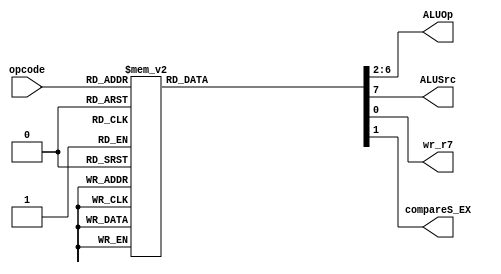
/* Author: Yunhe Liu & Wenxuan Mao
 * Team: MacroHard
 * This is control for EX stage.
 */
module EX_control(
	//outputs
	ALUOp,
	ALUSrc,
        wr_r7,
        compareS_EX,
	
	//input
	opcode
);

	output reg[4:0] ALUOp;
	output reg ALUSrc;
        output reg wr_r7;
	output reg compareS_EX;

	input [4:0] opcode;
	
	always @ *
	begin
		ALUOp = 5'b00000;	//EX
		ALUSrc = 1'b0;		//EX
		wr_r7 = 1'b0;
		compareS_EX = 1'b1;

		case(opcode)
			5'b00000 : //TODO - HALT_1/38
			begin
				ALUOp = 5'b00000;
				ALUSrc = 1'b0;
			end

			5'b00001 : //TODO - NOP_2/38
			begin	
				ALUOp = 5'b00000;
				ALUSrc = 1'b0;
			end
		
			5'b01000 : //ADDI_3/38
			begin	
				ALUOp = 5'b01000;
				ALUSrc = 1'b0;
			end

			5'b01001 : //SUBI_4/38
			begin	
				ALUOp = 5'b01001;
				ALUSrc = 1'b0;
			end
			
			5'b01010 : //XOR1_5/38
			begin	
				ALUOp = 5'b01010;
				ALUSrc = 1'b0;
			end

			5'b01011 : //ANDNI_6/38
			begin	
				ALUOp = 5'b01011;
				ALUSrc = 1'b0;
			end

			5'b10100 : //ROLI_7/38
			begin	
				ALUOp = 5'b10100;
				ALUSrc = 1'b0;
			end

			5'b10101 : //SLLI_8/38
			begin	
				ALUOp = 5'b10101;
				ALUSrc = 1'b0;
			end

			5'b10110 : //RORI_9/38
			begin	
				ALUOp = 5'b10110;
				ALUSrc = 1'b0;
			end

			5'b10111 : //SRLI_10/38
			begin	
				ALUOp = 5'b10111;
				ALUSrc = 1'b0;
			end

			5'b10000 : //ST_11/38
			begin	
				ALUOp = 5'b10000;
				ALUSrc = 1'b0;
			end

			5'b10001 : //LD_12/38
			begin	
				ALUOp = 5'b10001;
				ALUSrc = 1'b0;
				
			end

			5'b10011 : //STU_13/38
			begin	
				ALUOp = 5'b10011;
				ALUSrc = 1'b0;
			end

			5'b11001 : //BTR_14/38 -TODO
			begin	
				ALUOp = 5'b11001;
				ALUSrc = 1'b0;	
			end

			5'b11011 : //ADD,SUB,XOR,ANDN_15-18/38
			begin	
				ALUOp = 5'b11011;
				ALUSrc = 1'b1;
			end

			5'b11010 : //ROL,SLL,ROR,SRL_19-22/38
			begin	
				ALUOp = 5'b11010;
				ALUSrc = 1'b1;
			end

			5'b11100 : //SEQ_23/38
			begin	
				ALUOp = 5'b11100;
				ALUSrc = 1'b1;
			end

			5'b11101 : //SLT_24/38
			begin	
				ALUOp = 5'b11101;
				ALUSrc = 1'b1;
			end

			5'b11110 : //SLE_25/38
			begin	
				ALUOp = 5'b11110;
				ALUSrc = 1'b1;
			end

			5'b11111 : //SCO_26/38
			begin	
				ALUOp = 5'b11111;
				ALUSrc = 1'b1;
				compareS_EX = 1'b1;
			end

			5'b01100 : //BEQZ_27/38
			begin	
				ALUOp = 5'b01100;
				ALUSrc = 1'b0;
			end

			5'b01101 : //BNEZ_28/38
			begin	
				ALUOp = 5'b01101;
				ALUSrc = 1'b0;
			end

			5'b01110 : //BLTZ_29/38
			begin	
				ALUOp = 5'b01110;
				ALUSrc = 1'b0;
			end

			5'b01111 : //BGEZ_30/38
			begin	
				ALUOp = 5'b01111;
				ALUSrc = 1'b0;
			end

			5'b11000 : //LBI_31/38
			begin	
				ALUOp = 5'b11000;
				ALUSrc = 1'b0;
			end

			5'b10010 : //SLBI_32/38
			begin	
				ALUOp = 5'b10010;
				ALUSrc = 1'b0;
			end

			5'b00100 : //J_33/38
			begin	
				ALUOp = 5'b00100;
				ALUSrc = 1'b0;
			end

			5'b00101 : //JR_34/38
			begin	
				ALUOp = 5'b00101;
				ALUSrc = 1'b0;
			end

			5'b00110 : //JAL_35/38
			begin	
				ALUOp = 5'b00110;
				ALUSrc = 1'b0;
				wr_r7 = 1'b1;
			end

			5'b00111 : //JALR_36/38
			begin	
				ALUOp = 5'b00111;
				ALUSrc = 1'b0;
				wr_r7 = 1'b1;
			end

			5'b00010 : //TODO - siic Rs_37/38
			begin	
				ALUOp = 5'b00000;
				ALUSrc = 1'b0;
			end

			5'b00011 : //TODO - NOP/RTI_38/38
			begin	
				ALUOp = 5'b00000;
				ALUSrc = 1'b0;
			end
		
			default: //TODO
			begin	
				ALUOp = 5'b00000;
				ALUSrc = 1'b0;
				wr_r7 = 1'b0;
				compareS_EX = 1'b1;
			end
	
		endcase
	end
	
endmodule